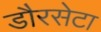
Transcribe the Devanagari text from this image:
डौरसेटा